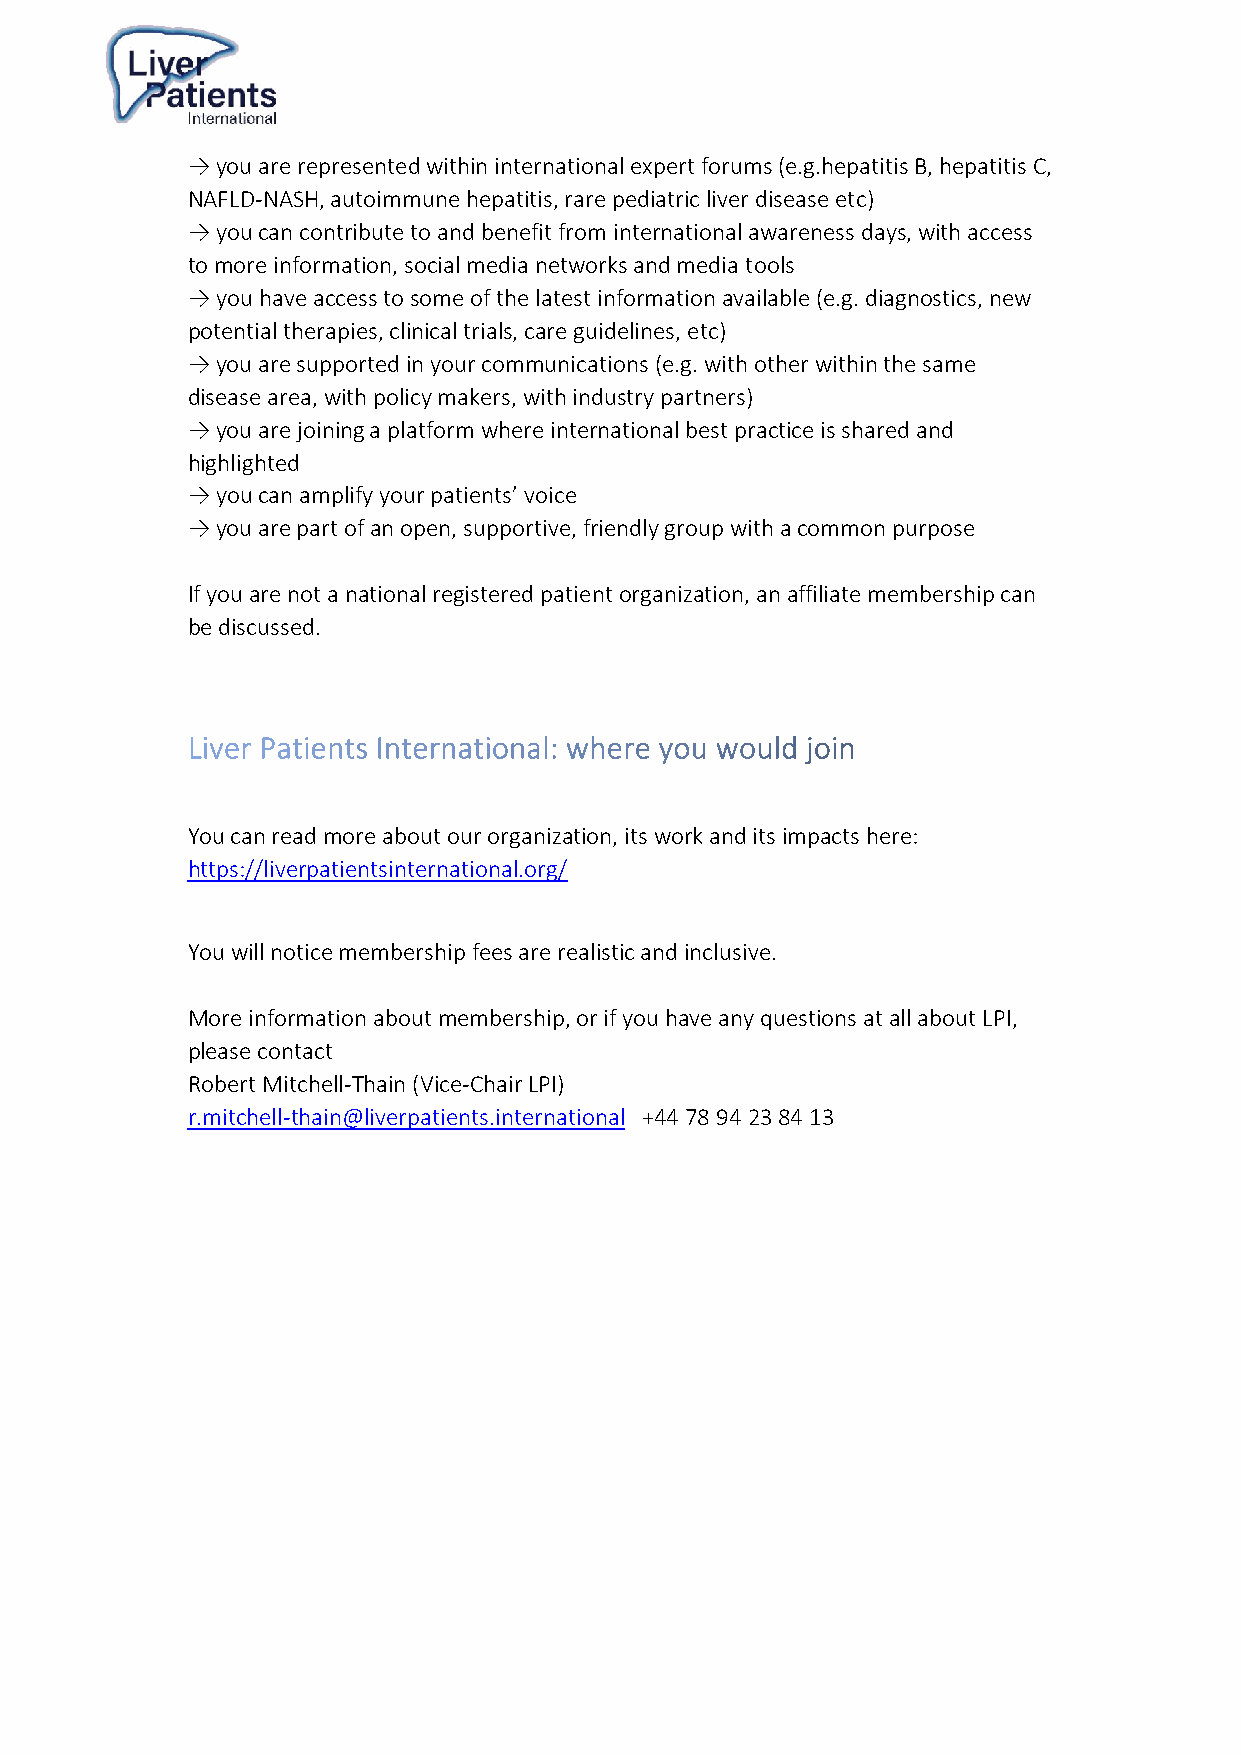
→ you are represented within international expert forums (e.g.hepatitis B, hepatitis C,
 NAFLD-NASH, autoimmune hepatitis, rare pediatric liver disease etc)
 → you can contribute to and benefit from international awareness days, with access
 to more information, social media networks and media tools
 → you have access to some of the latest information available (e.g. diagnostics, new
 potential therapies, clinical trials, care guidelines, etc)
 → you are supported in your communications (e.g. with other within the same
 disease area, with policy makers, with industry partners)
 → you are joining a platform where international best practice is shared and
 highlighted
 → you can amplify your patients’ voice
 → you are part of an open, supportive, friendly group with a common purpose
 If you are not a national registered patient organization, an affiliate membership can
 be discussed.
 You can read more about our organization, its work and its impacts here:
 https://liverpatientsinternational.org/
 You will notice membership fees are realistic and inclusive.
 More information about membership, or if you have any questions at all about LPI,
 please contact
 Robert Mitchell-Thain (Vice-Chair LPI)
 r.mitchell-thain@liverpatients.international +44 78 94 23 84 13